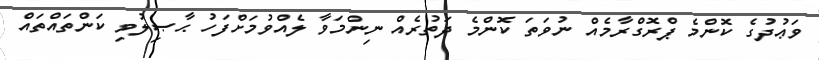
ވަޢުދުގެ ކޮންމެ ޕްރޮގްރާމެއް ނުވަތަ ކޮންމެ ދަތުރެއް ނިންމަވާ ލެއްވުމަށްފަހު ޙާޞިލުވި ކަންތައްތައް